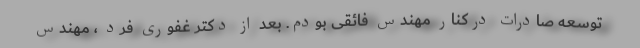
توسعه صادرات درکنار مهندس فائقی بودم. بعد از دکتر غفوری فرد ، مهندس